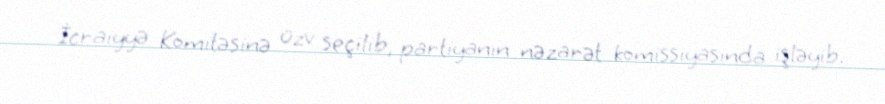
İcraiyyə Komitəsinə üzv seçilib, partiyanın nəzarət komissiyasında işləyib.